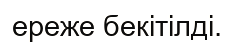
ереже бекітілді.